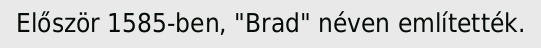
Először 1585-ben, "Brad" néven említették.